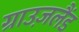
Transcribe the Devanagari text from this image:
ग्राउज़लैंड